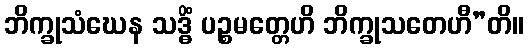
ဘိက္ခုသံဃေန သဒ္ဓိံ ပဉ္စမတ္တေဟိ ဘိက္ခုသတေဟီ”တိ။